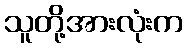
သူတို့အားလုံးက